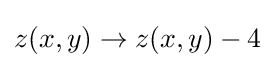
z(x,y)\rightarrow z(x,y)-4